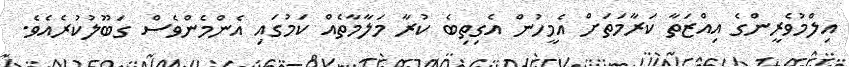
އިލްމުވެރީންގެ އިއްޒަތާ ކަރާމަތަށް އެމީހުން އެގިތިބެ ކުރާ މަލާމާތެއް ކަމުގައި އެންމެންވެސް ގަބޫލުކުރެއެވެ.